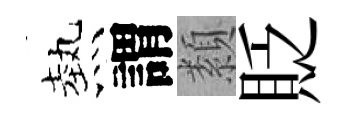
熱謂纇貶